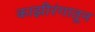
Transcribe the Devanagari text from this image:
काझीरंगातून